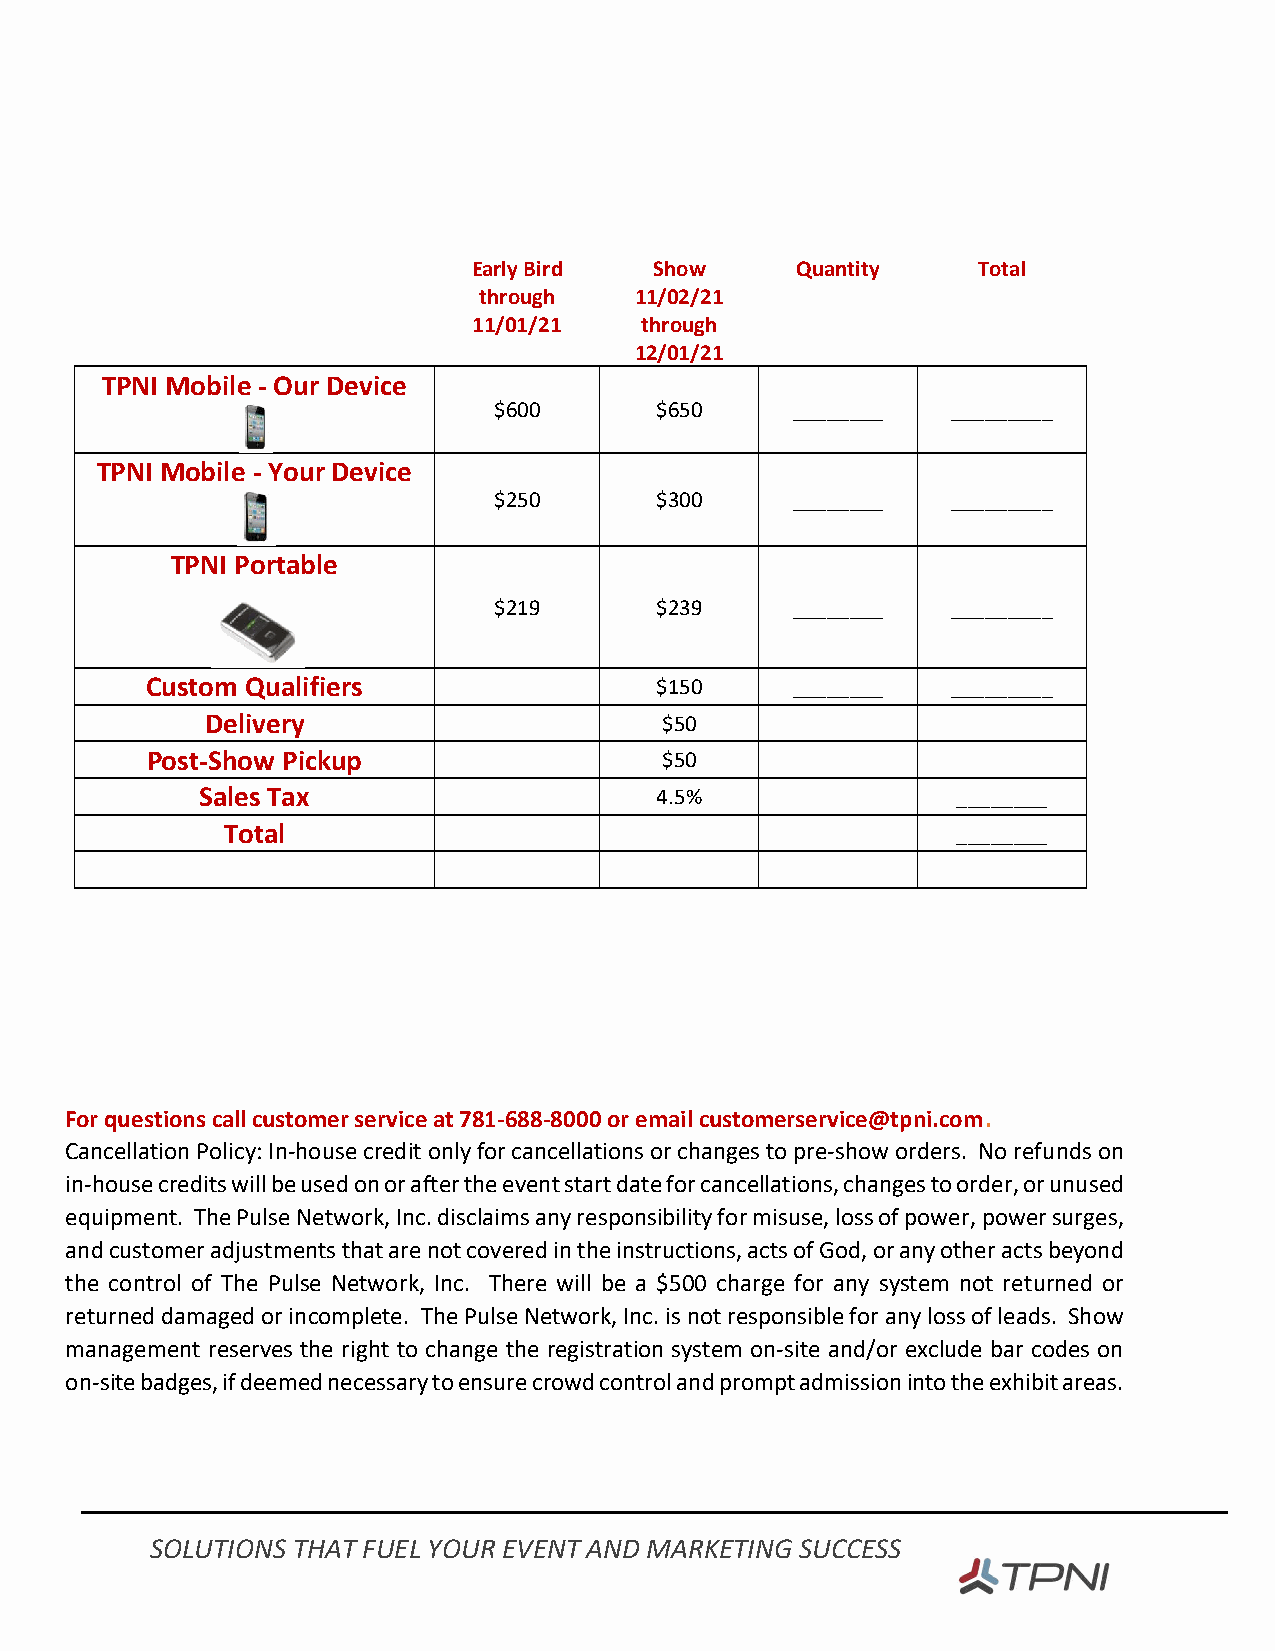
Early Bird  Show      Quantity    Total
 through   11/02/21
 11/01/21   through
 12/01/21
 TPNI Mobile - Our Device
 $600      $650     ________   _________
 TPNI Mobile - Your Device
 $250      $300     ________   _________
 TPNI Portable
 $219      $239     ________   _________
 Custom Qualifiers                $150     ________   _________
 Delivery                      $50
 Post-Show Pickup                  $50
 Sales Tax                     4.5%                ________
 Total                                           ________
 For questions call customer service at 781-688-8000 or email customerservice@tpni.com.
 Cancellation Policy: In-house credit only for cancellations or changes to pre-show orders. No refunds on
 in-house credits will be used on or after the event start date for cancellations, changes to order, or unused
 equipment. The Pulse Network, Inc. disclaims any responsibility for misuse, loss of power, power surges,
 and customer adjustments that are not covered in the instructions, acts of God, or any other acts beyond
 the control of The Pulse Network, Inc. There will be a $500 charge for any system not returned or
 returned damaged or incomplete. The Pulse Network, Inc. is not responsible for any loss of leads. Show
 management reserves the right to change the registration system on-site and/or exclude bar codes on
 on-site badges, if deemed necessary to ensure crowd control and prompt admission into the exhibit areas.
 SOLUTIONS THAT FUEL YOUR EVENT AND MARKETING SUCCESS